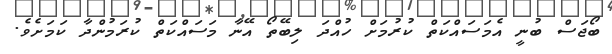
ބޯޖަސް ބުނީ އެމަސައްކަތް ކުރުމަށް ހުއްދަ ލިބޭތޯ އޭނާ މަސައްކަތް ކުރަމުންދާ ކަމަށެވެ.